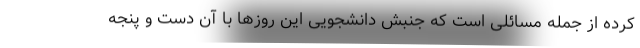
کرده از جمله مسائلی است که جنبش دانشجویی این روزها با آن دست و پنجه